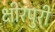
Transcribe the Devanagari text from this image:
क्षीरपुरी